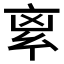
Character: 𠅛